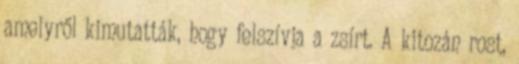
amelyről kimutatták, hogy felszívja a zsírt. A kitozán rost,